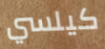
كيلسي